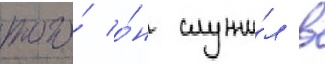
того́ о́н служи́л в